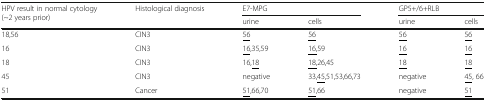
<table><thead><tr><td rowspan="2"><b>HPV result in normal cytology(~2 years prior)</b></td><td rowspan="2"><b>Histological diagnosis</b></td><td colspan="2"><b>E7-MPG</b></td><td colspan="2"><b>GP5+/6+RLB</b></td></tr><tr><td><b>urine</b></td><td><b>cells</b></td><td><b>urine</b></td><td><b>cells</b></td></tr></thead><tbody><tr><td>18,56</td><td>CIN3</td><td><underline>56</underline></td><td><underline>56</underline></td><td><underline>56</underline></td><td><underline>56</underline></td></tr><tr><td>16</td><td>CIN3</td><td><underline>16</underline>,35,59</td><td><underline>16,</underline>59</td><td><underline>16</underline></td><td><underline>16</underline></td></tr><tr><td>18</td><td>CIN3</td><td>16,<underline>18</underline></td><td><underline>18,</underline>26,45</td><td><underline>18</underline></td><td><underline>18</underline></td></tr><tr><td>45</td><td>CIN3</td><td>negative</td><td>33,<underline>45</underline>,51,53,66,73</td><td>negative</td><td><underline>45</underline>, 66</td></tr><tr><td>51</td><td>Cancer</td><td><underline>51</underline>,66,70</td><td><underline>51</underline>,66</td><td>negative</td><td><underline>51</underline></td></tr></tbody></table>